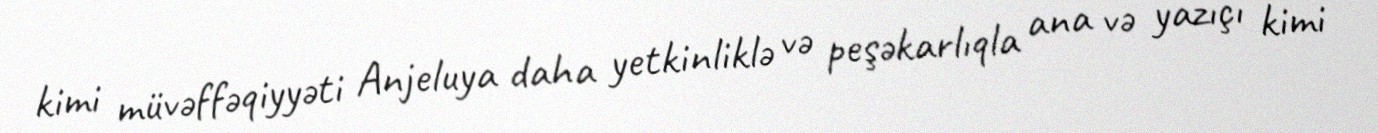
kimi müvəffəqiyyəti Anjeluya daha yetkinliklə və peşəkarlıqla ana və yazıçı kimi